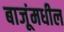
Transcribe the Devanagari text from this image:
बाजूंमधील